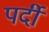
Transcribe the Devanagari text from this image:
पर्दी